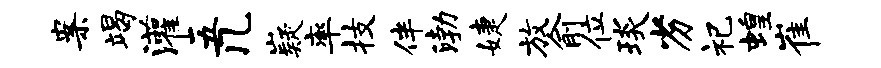
案竭灌五几嶷率技伴渤婕放俞位琰劣祀蝗崔